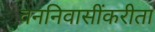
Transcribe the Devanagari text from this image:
वननिवासींकरीता